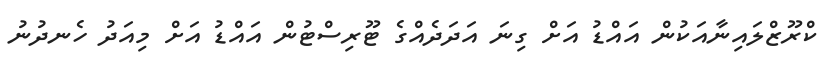
ކްރޫޒްލައިނާއަކުން އައްޑު އަށް ގިނަ އަދަދެއްގެ ޓޫރިސްޓުން އައްޑު އަށް މިއަދު ހެނދުނު